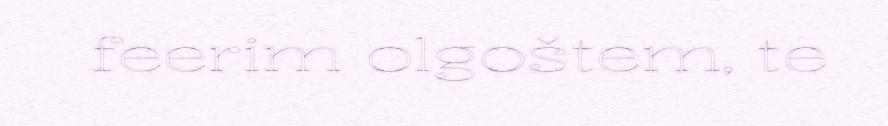
feerim olgoštem, te